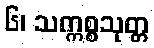
၆၊ သက္ကစ္စသုတ္တ